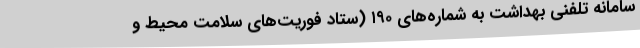
سامانه تلفنی بهداشت به شماره‌های ۱۹۰ (ستاد فوریت‌های سلامت محیط و